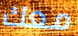
معك